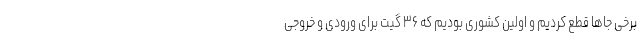
برخی جاها قطع کردیم و اولین کشوری بودیم که ۳۶ گیت برای ورودی و خروجی